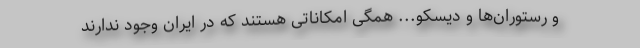
و رستوران‌ها و دیسکو... همگی امکاناتی هستند که در ایران وجود ندارند